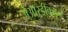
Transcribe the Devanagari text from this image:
जेआरडींकडून